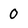
Character: O